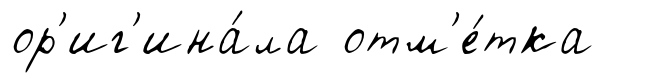
ор'иг'ина́ла отм'е́тка